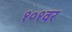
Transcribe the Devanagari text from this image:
१०१वर